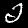
Digit: 2